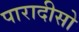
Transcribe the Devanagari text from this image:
पारादीसो